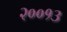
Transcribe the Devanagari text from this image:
२००१३